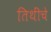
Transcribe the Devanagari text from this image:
तिथींचे